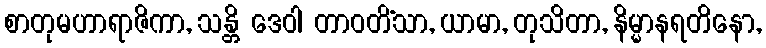
စာတုမဟာရာဇိကာ, သန္တိ ဒေဝါ တာဝတိံသာ, ယာမာ, တုသိတာ, နိမ္မာနရတိနော,